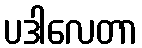
ပဒါလေတာ